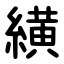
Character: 䌙